Vaccination United Provinces of Agra and Oudh 1902-1913 - 1902-1913
Year: 1902
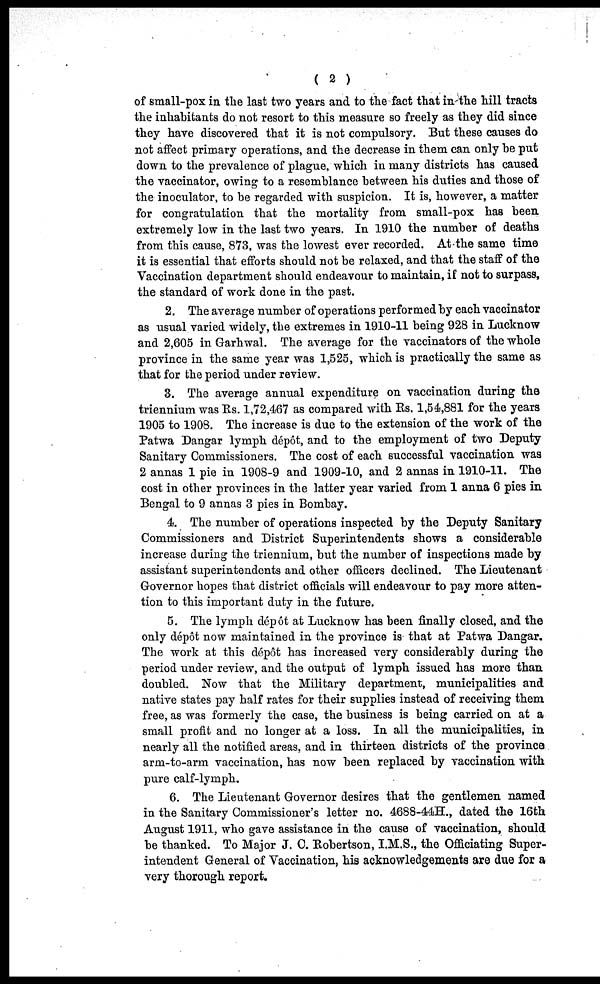
( 2 )
of small-pox in the last two years and to the fact that in the hill tracts
the inhabitants do not resort to this measure so freely as they did since
they have discovered that it is not compulsory. But these causes do
not affect primary operations, and the decrease in them can only be put
down to the prevalence of plague, which in many districts has caused
the vaccinator, owing to a resemblance between his duties and those of
the inoculator, to be regarded with suspicion. It is, however, a matter
for congratulation that the mortality from small-pox has been
extremely low in the last two years. In 1910 the number of deaths
from this cause, 873, was the lowest ever recorded. At the same time
it is essential that efforts should not be relaxed, and that the staff of the
Vaccination department should endeavour to maintain, if not to surpass,
the standard of work done in the past.
2. The average number of operations performed by each vaccinator
as usual varied widely, the extremes in 1910-11 being 928 in Lucknow
and 2,605 in Garhwal. The average for the vaccinators of the whole
province in the same year was 1,525, which is practically the same as
that for the period under review.
3. The average annual expenditure on vaccination during the
triennium was Rs. 1,72,467 as compared with Rs. 1,54,881 for the years
1905 to 1908. The increase is due to the extension of the work of the
Patwa Dangar lymph dépôt, and to the employment of two Deputy
Sanitary Commissioners. The cost of each successful vaccination was
2 annas 1 pie in 1908-9 and 1909-10, and 2 annas in 1910-11. The
cost in other provinces in the latter year varied from 1 anna 6 pies in
Bengal to 9 annas 3 pies in Bombay.
4. The number of operations inspected by the Deputy Sanitary
Commissioners and District Superintendents shows a considerable
increase during the triennium, but the number of inspections made by
assistant superintendents and other officers declined. The Lieutenant
Governor hopes that district officials will endeavour to pay more atten-
tion to this important duty in the future.
5. The lymph dépôt at Lucknow has been finally closed, and the
only dépôt now maintained in the province is that at Patwa Dangar.
The work at this dépôt has increased very considerably during the
period under review, and the output of lymph issued has more than
doubled. Now that the Military department, municipalities and
native states pay half rates for their supplies instead of receiving them
free, as was formerly the case, the business is being carried on at a
small profit and no longer at a loss. In all the municipalities, in
nearly all the notified areas, and in thirteen districts of the province
arm-to-arm vaccination, has now been replaced by vaccination with
pure calf-lymph.
6. The Lieutenant Governor desires that the gentlemen named
in the Sanitary Commissioner's letter no. 4688-44H., dated the 16th
August 1911, who gave assistance in the cause of vaccination, should
be thanked. To Major J. C. Robertson, I.M.S., the Officiating Super-
intendent General of Vaccination, his acknowledgements are due for a
very thorough report.